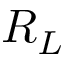
R _ { L }